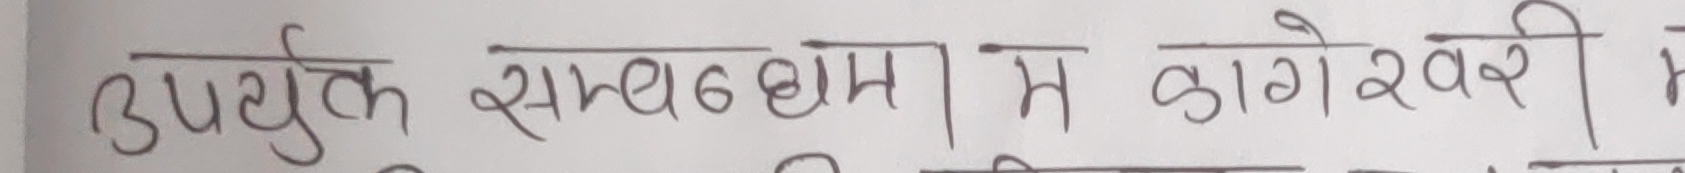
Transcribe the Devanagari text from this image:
उपर्युक्त सम्बन्धमा म कागेश्वरी म